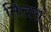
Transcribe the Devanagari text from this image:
मित्तरां